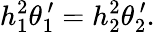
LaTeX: h_{1}^{2}\theta_{1}^{\, \prime}=h_{2}^{2}\theta_{2}^{\, \prime}.